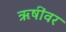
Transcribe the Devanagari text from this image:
ऋषींवर